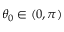
\theta _ { 0 } \in ( 0 , \pi )